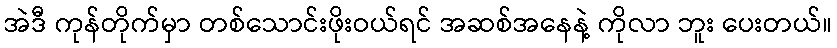
အဲဒီ ကုန်တိုက်မှာ တစ်သောင်းဖိုးဝယ်ရင် အဆစ်အနေနဲ့ ကိုလာ ဘူး ပေးတယ်။